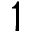
1